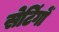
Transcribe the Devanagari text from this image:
सेटिंगों